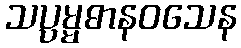
သပ္ပမ္မဓာနဝသေန